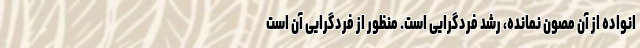
انواده از آن مصون نمانده، رشد فردگرایی است. منظور از فردگرایی آن است